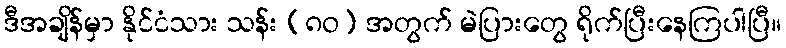
ဒီအချိန်မှာ နိုင်ငံသား သန်း (၈ဝ) အတွက် မဲပြားတွေ ရိုက်ပြီးနေကြပါပြီ။